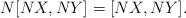
LaTeX: \begin{align*}N[NX,NY]=[NX,NY].\end{align*}